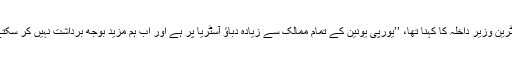
آسٹرین وزیر داخلہ کا کہنا تھا، ’’یورپی یونین کے تمام ممالک سے زیادہ دباؤ آسٹریا پر ہے اور اب ہم مزید بوجھ برداشت نہیں کر سکتے۔